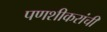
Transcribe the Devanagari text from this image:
पणशीकरांची